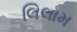
લિલામ